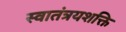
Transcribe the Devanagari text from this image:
स्वातंत्रयशक्ति